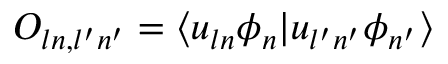
O _ { l n , l ^ { \prime } n ^ { \prime } } = \langle u _ { l n } \phi _ { n } | u _ { l ^ { \prime } n ^ { \prime } } \phi _ { n ^ { \prime } } \rangle